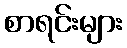
စာရင်းများ